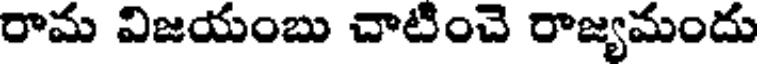
రామ విజయంబు చాటించె రాజ్యమందు